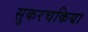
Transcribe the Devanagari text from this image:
सुकरचकिया